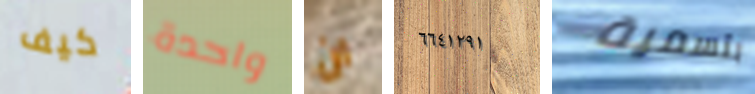
كيف واحدة ان ٦٦٤١٢٩١ بتسمية